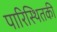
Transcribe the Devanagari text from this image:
पारिस्थितकी